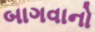
બાગવાનો